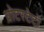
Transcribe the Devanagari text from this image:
प्रोटस्टेटों